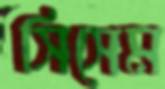
সিসেম